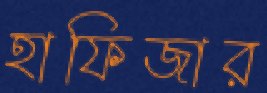
হাফিজার